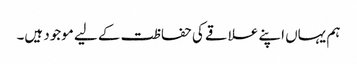
ہم یہاں اپنے علاقے کی حفاظت کے لیے موجود ہیں۔